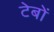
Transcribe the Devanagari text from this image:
टेबों